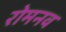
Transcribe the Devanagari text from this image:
रोमनव